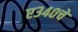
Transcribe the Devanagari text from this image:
ए३४०चे